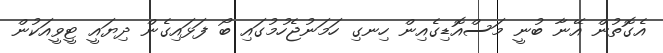
އެގޮތުން އޭނާ ބުނީ މަސްއޮޑިގެއިން ހިނގި ހަމަނުޖެހުމުގައި ބޯ ފަޅައިގެން ދިޔައީ ޓީވީއަކުން